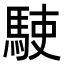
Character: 𩢲